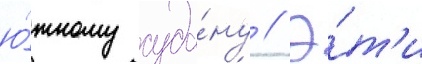
ю́жному суда́ну // Э́т'и